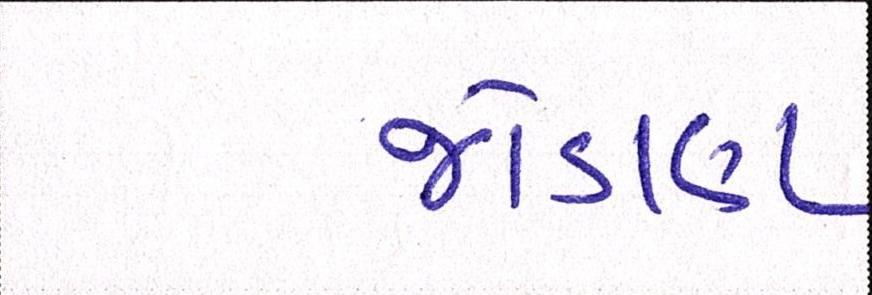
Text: જોડાણ